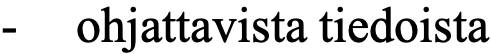
-  ohjattavista tiedoista